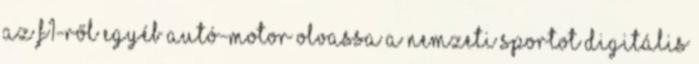
AZ F1-RŐL Egyéb autó-motor Olvassa a Nemzeti Sportot digitális